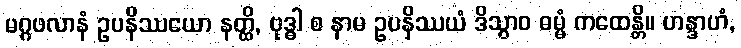
မဂ္ဂဖလာနံ ဥပနိဿယော နတ္ထိ, ဗုဒ္ဓါ စ နာမ ဥပနိဿယံ ဒိသွာဝ ဓမ္မံ ကထေန္တိ။ ဟန္ဒာဟံ,